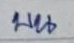
บน